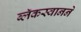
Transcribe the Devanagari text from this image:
ब्लॅकस्वानने